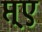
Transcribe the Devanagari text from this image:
प्त्ए